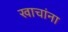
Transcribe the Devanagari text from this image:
खाचांना